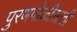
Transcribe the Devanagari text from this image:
पुरणपोळीसाठी